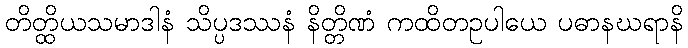
တိတ္ထိယသမာဒါနံ သိပ္ပဒဿနံ နိတ္တိဏံ ကထိတဥပါယေ ပဓာနဃရာနိ